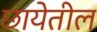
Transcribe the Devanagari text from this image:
छायेतील